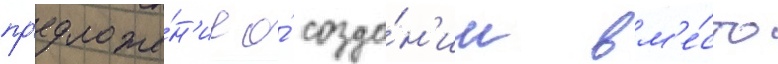
пр'едложе́н'ие о́ созда́н'ии вм'е́сто